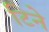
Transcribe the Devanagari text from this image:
टिने